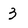
Character: 3